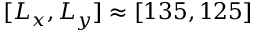
[ L _ { x } , L _ { y } ] \approx [ 1 3 5 , 1 2 5 ]